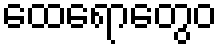
ထေရောတွေဝ